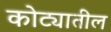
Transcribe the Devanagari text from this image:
कोट्यातील